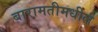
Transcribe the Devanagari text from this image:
बारामतीमधील